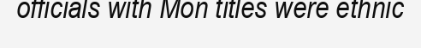
officials with Mon titles were ethnic